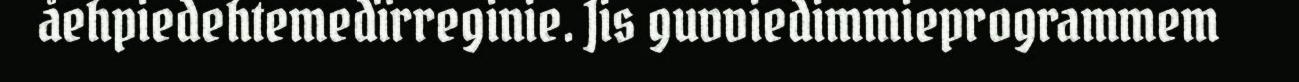
åehpiedehtemedïrreginie. Jis guvviedimmieprogrammem